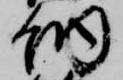
納